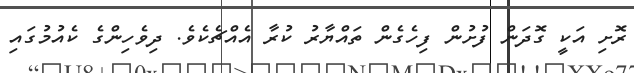
ރޮށި އަކީ ގޮދަން ފުށުން ފިހެގެން ތައްޔާރު ކުރާ އެއްޗެކެވެ. ދިވެހިންގެ ކެއުމުގައި